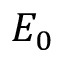
E _ { 0 }